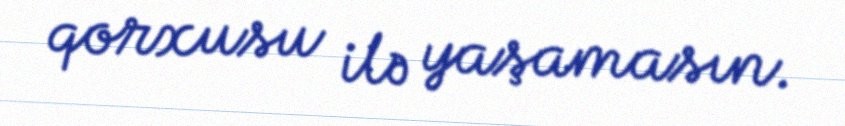
qorxusu ilə yaşamasın.